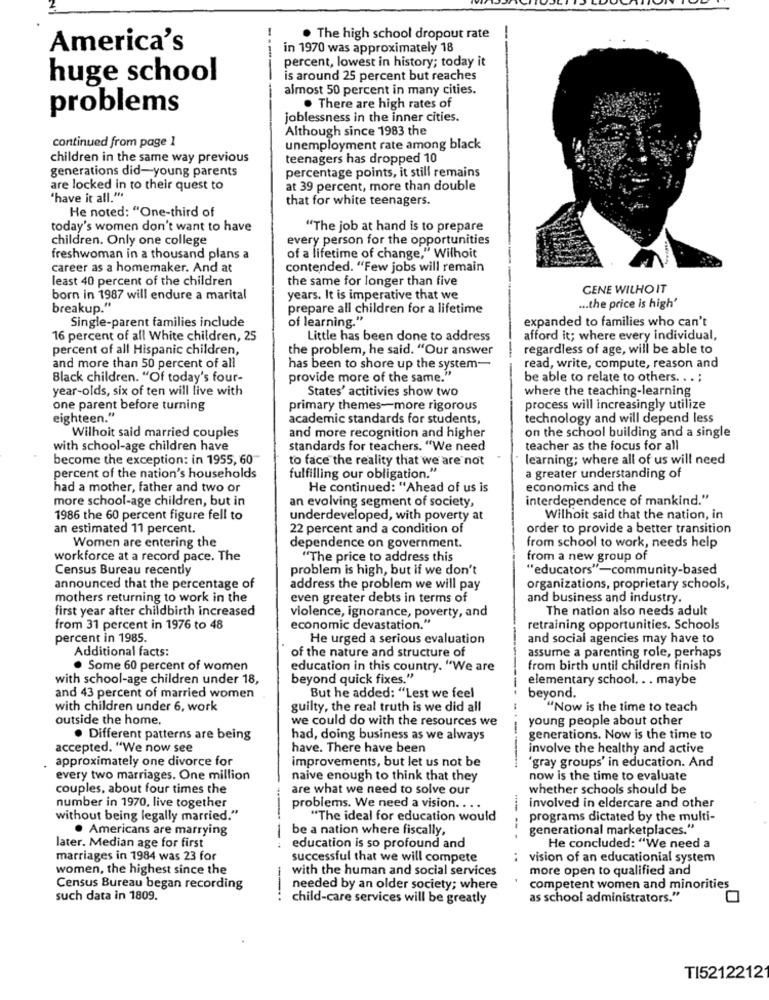
. The high school dropout rate
America's
in 1970 was approximately 18
percent, lowest in history; today it
huge school
is around 25 percent but reaches
almost 50 percent in many cities.
problems
. There are high rates of
joblessness in the inner cities.
Although since 1983 the
continued from page 1
unemployment rate among black
children in the same way previous
teenagers has dropped 10
generations did-young parents
percentage points, it still remains
are locked in to their quest to
at 39 percent, more than double
"have it all."
that for white teenagers.
He noted: "One-third of
today's women don't want to have
"The job at hand is to prepare
children. Only one college
every person for the opportunities
freshwoman in a thousand plans a
of a lifetime of change," Wilhoit
career as a homemaker. And at
contended. "Few jobs will remain
least 40 percent of the children
the same for longer than five
GENE WILHO IT
born in 1987 will endure a marital
years. It is imperative that we
breakup."
prepare all children for a lifetime
... the price is high'
Single-parent families include
of learning."
expanded to families who can't
16 percent of all White children, 25
Little has been done to address
afford it; where every individual,
percent of all Hispanic children,
the problem, he said. "Our answer
regardless of age, will be able to
and more than 50 percent of all
has been to shore up the system-
read, write, compute, reason and
Black children. "Of today's four-
provide more of the same."
be able to relate to others. . . ;
year-olds, six of ten will live with
States' actitivies show two
where the teaching-learning
one parent before turning
primary themes-more rigorous
process will increasingly utilize
eighteen."
academic standards for students,
technology and will depend less
Wilhoit said married couples
and more recognition and higher
on the school building and a single
with school-age children have
standards for teachers. "We need
teacher as the focus for all
become the exception: in 1955, 60
to face the reality that we are not
learning; where all of us will need
percent of the nation's households
fulfilling our obligation."
a greater understanding of
had a mother, father and two or
He continued: "Ahead of us is
economics and the
more school-age children, but in
an evolving segment of society,
interdependence of mankind."
1986 the 60 percent figure fell to
underdeveloped, with poverty at
Wilhoit said that the nation, in
an estimated 11 percent.
22 percent and a condition of
order to provide a better transition
Women are entering the
dependence on government.
from school to work, needs help
workforce at a record pace. The
"The price to address this
from a new group of
Census Bureau recently
problem is high, but if we don't
"educators"-community-based
announced that the percentage of
address the problem we will pay
organizations, proprietary schools,
mothers returning to work in the
even greater debts in terms of
and business and industry.
first year after childbirth increased
The nation also needs adult
violence, ignorance, poverty, and
from 31 percent in 1976 to 48
economic devastation."
retraining opportunities. Schools
percent in 1985.
He urged a serious evaluation
and social agencies may have to
Additional facts:
of the nature and structure of
assume a parenting role, perhaps
. Some 60 percent of women
education in this country. "We are
from birth until children finish
with school-age children under 18,
beyond quick fixes."
elementary school. . . maybe
and 43 percent of married women
But he added: "Lest we feel
beyond.
with children under 6, work
guilty, the real truth is we did all
"Now is the time to teach
outside the home.
we could do with the resources we
young people about other
. Different patterns are being
had, doing business as we always
generations. Now is the time to
accepted. "We now see
have. There have been
involve the healthy and active
approximately one divorce for
improvements, but let us not be
'gray groups' in education. And
every two marriages. One million
naive enough to think that they
now is the time to evaluate
couples, about four times the
are what we need to solve our
whether schools should be
number in 1970, live together
problems. We need a vision ....
involved in eldercare and other
without being legally married."
"The ideal for education would
programs dictated by the multi-
. Americans are marrying
be a nation where fiscally,
generational marketplaces."
later. Median age for first
--
education is so profound and
He concluded: "We need a
marriages in 1984 was 23 for
successful that we will compete
vision of an educationial system
women, the highest since the
with the human and social services
more open to qualified and
Census Bureau began recording
needed by an older society; where
competent women and minorities
such data in 1809.
child-care services will be greatly
as school administrators."
TI5212212